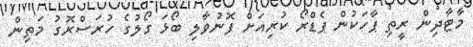
މާޓާދިން ރީތި ޕާހަކުން ޕެޑްރޯ ކުރިއަށް ފޮނުވާލި ބޯޅަ ގޯލުގެ ހުރަސްރޮގު މަތިން